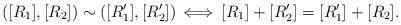
LaTeX: \begin{align*}([R_1],[R_2])\sim([R'_1],[R'_2])\,\Longleftrightarrow\,[R_1]+[R'_2]=[R'_1]+[R_2].\end{align*}